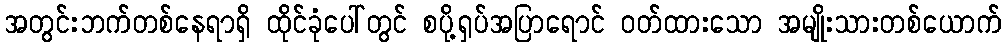
အတွင်းဘက်တစ်နေရာရှိ ထိုင်ခုံပေါ်တွင် စပို့ရှပ်အပြာရောင် ဝတ်ထားသော အမျိုးသားတစ်ယောက်